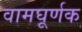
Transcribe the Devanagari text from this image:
वामघूर्णक